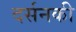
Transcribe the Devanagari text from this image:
दर्सनकी